Civil Veterinary Dept. Bombay admin report 1900-1906 - 1900-1906
Year: 1900
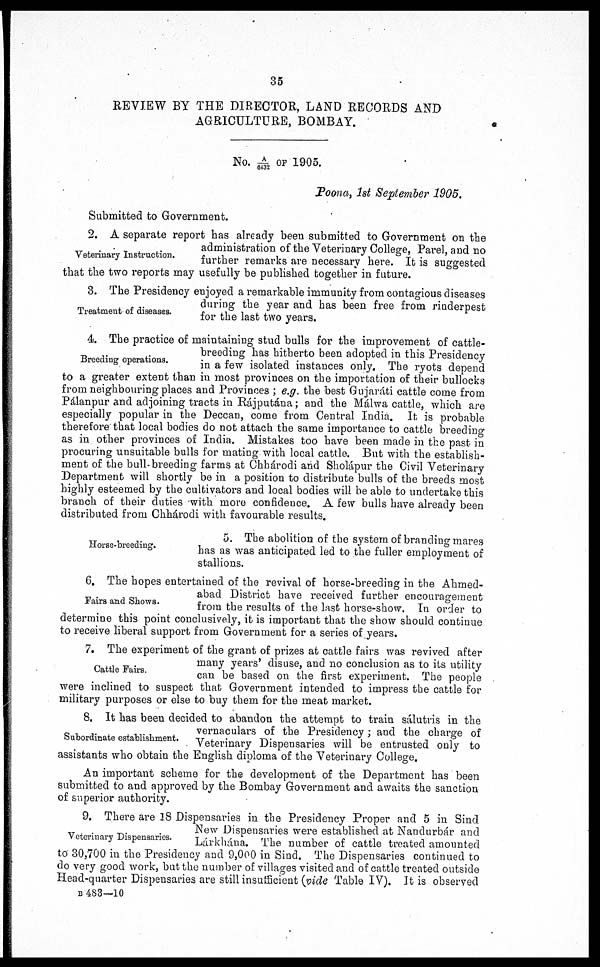
35
REVIEW BY THE DIRECTOR, LAND RECORDS AND
AGRICULTURE, BOMBAY.
No. A/6432 OF 1905.
Poona, 1st September 1905.
Submitted to Government.
Veterinary Instruction.
2. A separate report has already been submitted to Government on the
administration of the Veterinary College, Parel, and no
further remarks are necessary here. It is suggested
that the two reports may usefully be published together in future.
Treatment of diseases.
3. The Presidency enjoyed a remarkable immunity from contagious diseases
during the year and has been free from rinderpest
for the last two years.
Breeding operations.
4. The practice of maintaining stud bulls for the improvement of cattle-
breeding has hitherto been adopted in this Presidency
in a few isolated instances only. The ryots depend
to a greater extent than in most provinces on the importation of their bullocks
from neighbouring places and Provinces; e.g. the best Gujaráti cattle come from
Pálanpur and adjoining tracts in Rájputána; and the Málwa cattle, which are
especially popular in the Deccan, come from Central India. It is probable
therefore that local bodies do not attach the same importance to cattle breeding
as in other provinces of India. Mistakes too have been made in the past in
procuring unsuitable bulls for mating with local cattle. But with the establish-
ment of the bull-breeding farms at Chhárodi and Sholápur the Civil Veterinary
Department will shortly be in a position to distribute bulls of the breeds most
highly esteemed by the cultivators and local bodies will be able to undertake this
branch of their duties with more confidence. A few bulls have already been
distributed from Chhárodi with favourable results.
Horse-breeding.
5. The abolition of the system of branding mares
has as was anticipated led to the fuller employment of
stallions.
Fairs and Shows.
6. The hopes entertained of the revival of horse-breeding in the Ahmed-
abad District have received further encouragement
from the results of the last horse-show. In order to
determine this point conclusively, it is important that the show should continue
to receive liberal support from Government for a series of years.
Cattle Fairs.
7. The experiment of the grant of prizes at cattle fairs was revived after
many years' disuse, and no conclusion as to its utility
can be based on the first experiment. The people
were inclined to suspect that Government intended to impress the cattle for
military purposes or else to buy them for the meat market.
Subordinate establishment.
8. It has been decided to abandon the attempt to train sálutris in the
vernaculars of the Presidency; and the charge of
Veterinary Dispensaries will be entrusted only to
assistants who obtain the English diploma of the Veterinary College.
An important scheme for the development of the Department has been
submitted to and approved by the Bombay Government and awaits the sanction
of superior authority.
Veterinary Dispensaries.
9. There are 18 Dispensaries in the Presidency Proper and 5 in Sind
New Dispensaries were established at Nandurbár and
Lárkhána. The number of cattle treated amounted
to 30,700 in the Presidency and 9,000 in Sind. The Dispensaries continued to
do very good work, but the number of villages visited and of cattle treated outside
Head-quarter Dispensaries are still insufficient (vide Table IV). It is observed
B483—10